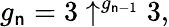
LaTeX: g_{\mathsf{n}}=3\uparrow^{g_{\mathsf{n}-1}}3,